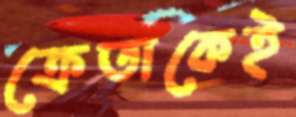
ক্রেতাকেই